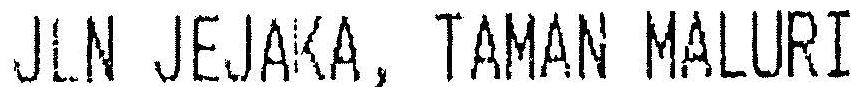
JLN JEJAKA, TAMAN MALURI